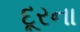
દૂરના